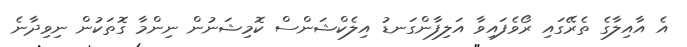
އެ އާއިލާގެ ތެރޭގައި ރޯވެފައިވާ އަލިފާންގަނޑު އިލެކްޝަންސް ކޮމިޝަނުން ނިންމާ ގޮތަކުން ނިވިދާނެ